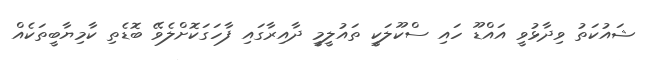
ޝައުކަތު ވިދާޅުވީ އައްޑޫ ހައި ސްކޫލަކީ ތައުލީމީ ދާއިރާގައި ފާހަގަކޮށްލެވޭ ބޮޑެތި ކާމިޔާބީތަކެއް